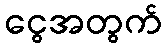
ငွေအတွက်